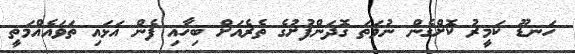
ހަނޑޫ ކަމީރު ކޮށްގެން ނުވަތަ ގޮދަންފުށުގެ ތެރެއަށް ބިހާއި ފެން އަޅައި ތަވައެއްމަތީ